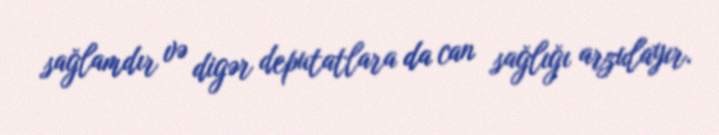
sağlamdır və digər deputatlara da can sağlığı arzulayır.